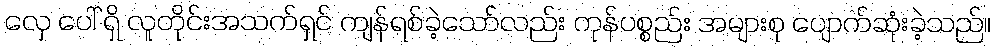
လှေ ပေါ် ရှိ လူတိုင်းအသက်ရှင် ကျန်ရစ်ခဲ့သော်လည်း ကုန်ပစ္စည်း အများစု ပျောက်ဆုံးခဲ့သည်။